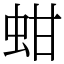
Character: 蚶